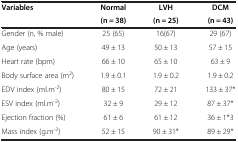
<table><thead><tr><td rowspan="2"><b>Variables</b></td><td><b>Normal</b></td><td><b>LVH</b></td><td><b>DCM</b></td></tr><tr><td><b>(n = 38)</b></td><td><b>(n = 25)</b></td><td><b>(n = 43)</b></td></tr></thead><tbody><tr><td>Gender (n, % male)</td><td>25 (65)</td><td>16(67)</td><td>29 (67)</td></tr><tr><td>Age (years)</td><td>49 ± 13</td><td>50 ± 13</td><td>57 ± 15</td></tr><tr><td>Heart rate (bpm)</td><td>66 ± 10</td><td>65 ± 10</td><td>63 ± 9</td></tr><tr><td>Body surface area (m<sup>2</sup>)</td><td>1.9 ± 0.1</td><td>1.9 ± 0.2</td><td>1.9 ± 0.2</td></tr><tr><td>EDV index (ml.m<sup>-2</sup>)</td><td>80 ± 15</td><td>72 ± 21</td><td>133 ± 37*</td></tr><tr><td>ESV index (ml.m<sup>-2</sup>)</td><td>32 ± 9</td><td>29 ± 12</td><td>87 ± 37*</td></tr><tr><td>Ejection fraction (%)</td><td>61 ± 6</td><td>61 ± 12</td><td>36 ± 1*3</td></tr><tr><td>Mass index (g.m<sup>-2</sup>)</td><td>52 ± 15</td><td>90 ± 31*</td><td>89 ± 29*</td></tr></tbody></table>